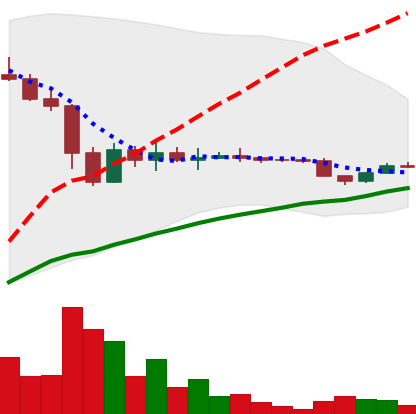
Ticker: DOGE-USD
Chart end date: 2022-11-24
Forward return: 25.002%
Label: up_7plus